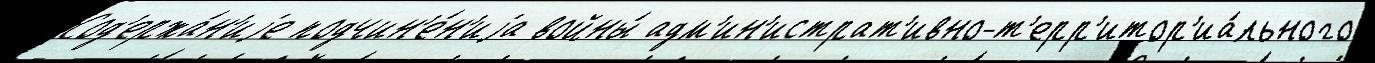
Сод'ержа́н'иjе подчин'е́н'иjа войны́ адм'ин'истрат'ивно-т'ерр'итор'иа́льного